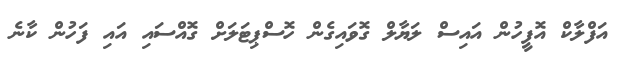
އަފްލާކް އޮފީހުން އައިސް ލަޔާލް ގޮވައިގެން ހޮސްޕިޓަލަށް ގޮއްސައި އައި ފަހުން ކާނެ